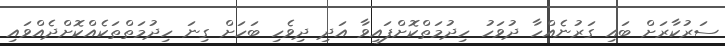
ސަރުކާރަށް ބައި ގަރުނެއްހާ ދުވަހު ހިދުމަތްކޮށްފައިވާ އަދި ދިވެހި ބަހަށް ގިނަ ހިދުމަތްތަކެއްކޮށްދެއްވައި